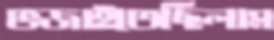
ভজাইতেছিলাম